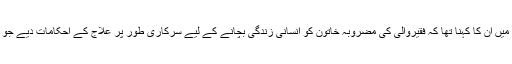
ایک سوال کے جواب میں ان کا کہنا تھا کہ فقیروالی کی مضروبہ خاتون کو انسانی زندگی بچانے کے لیے سرکاری طور پر علاج کے احکامات دیے جو کہ علاج ہو رہا ہے ۔